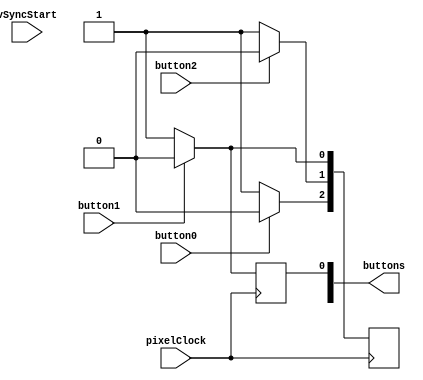
module NesController(
	input pixelClock,
	input vSyncStart,
	input button0,							// down
	input button1,							// reset
	input button2,							// up
	output reg [7:0] buttons
);

parameter
	buttonA = 8'd0,
	buttonB = 8'd1,
	buttonSelect = 8'd2,
	buttonStart = 8'd3,
	buttonUp = 8'd4,
	buttonDown = 8'd5,
	buttonLeft = 8'd6,
	buttonRight = 8'd7;

always @(posedge pixelClock)
begin
	if (button0 == 0)
		buttons[buttonDown] <= 1;
	else
		buttons[buttonDown] <= 0;
	if (button1 == 0)
		begin
			buttons[buttonA] <= 1;
			buttons[buttonStart] <= 1;
		end
	else
		begin
			buttons[buttonA] <= 0;	
			buttons[buttonStart] <= 0;
		end
	if (button2 == 0)
		buttons[buttonUp] <= 1;
	else
		buttons[buttonUp] <= 0;
end

endmodule